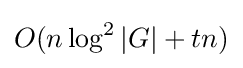
O(n\log ^{2}|G|+tn)